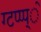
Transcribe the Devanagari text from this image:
ग्टप्प्प्े